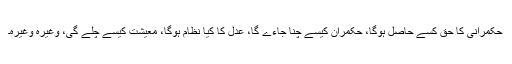
حکمرانی کا حق کسے حاصل ہوگا، حکمران کیسے چنا جاءے گا، عدل کا کیا نظام ہوگا، معیشت کیسے چلے گی، وغیرہ وغیرہ۔